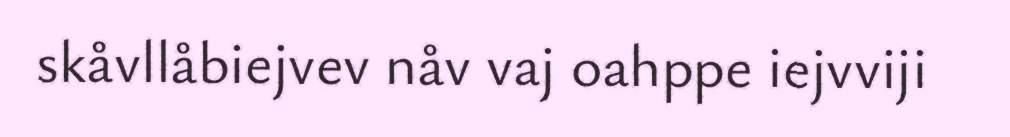
skåvllåbiejvev nåv vaj oahppe iejvviji